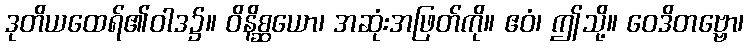
ဒုတိယထေရ်၏ဝါဒ၌။ ဝိနိစ္ဆယော၊ အဆုံးအဖြတ်ကို။ ဧဝံ၊ ဤသို့။ ဝေဒိတဗ္ဗော၊